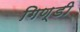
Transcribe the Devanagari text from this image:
गिण्डी